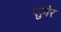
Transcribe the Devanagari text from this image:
प्लुमेर